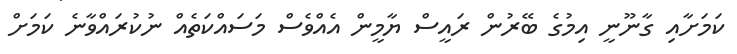
ކަމަށާއި ގާނޫނީ އިމުގެ ބޭރުން ރައީސް ޔާމީން އެއްވެސް މަސައްކަތެއް ނުކުރައްވާނެ ކަމަށް